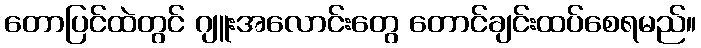
တောပြင်ထဲတွင် ဂျူးအလောင်းတွေ တောင်ချင်းထပ်စေရမည်။